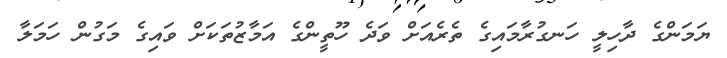
ޔަމަންގެ ދާހިލީ ހަނގުރާމައިގެ ތެރެއަށް ވަދެ ހޫތީންގެ އަމާޒުތަކަށް ވައިގެ މަގުން ހަމަލާ